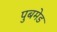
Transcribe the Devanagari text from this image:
पुबमेड